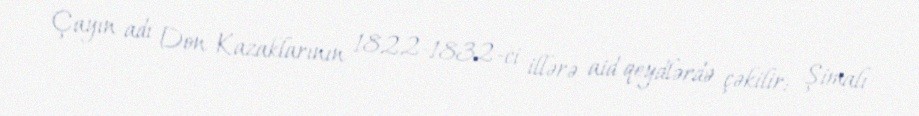
Çayın adı Don Kazaklarının 1822-1832-ci illərə aid qeydlərdə çəkilir: Şimalı